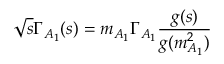
\sqrt s \Gamma _ { A _ { 1 } } ( s ) = m _ { A _ { 1 } } \Gamma _ { A _ { 1 } } { \frac { g ( s ) } { g ( m _ { A _ { 1 } } ^ { 2 } ) } }